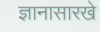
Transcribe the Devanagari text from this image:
ज्ञानासारखे